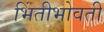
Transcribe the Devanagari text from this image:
भिंतीभोवती